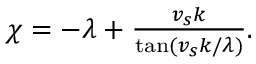
\begin{array} { r } { \chi = - \lambda + \frac { v _ { s } k } { \tan ( v _ { s } k / \lambda ) } . } \end{array}